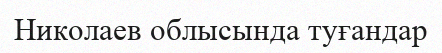
Николаев облысында туғандар